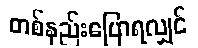
တစ်နည်းပြောရလျှင်